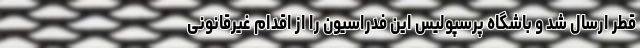
قطر ارسال شد و باشگاه پرسپولیس این فدراسیون را از اقدام غیرقانونی